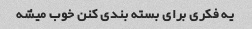
یه فکری برای بسته بندی کنن خوب میشه